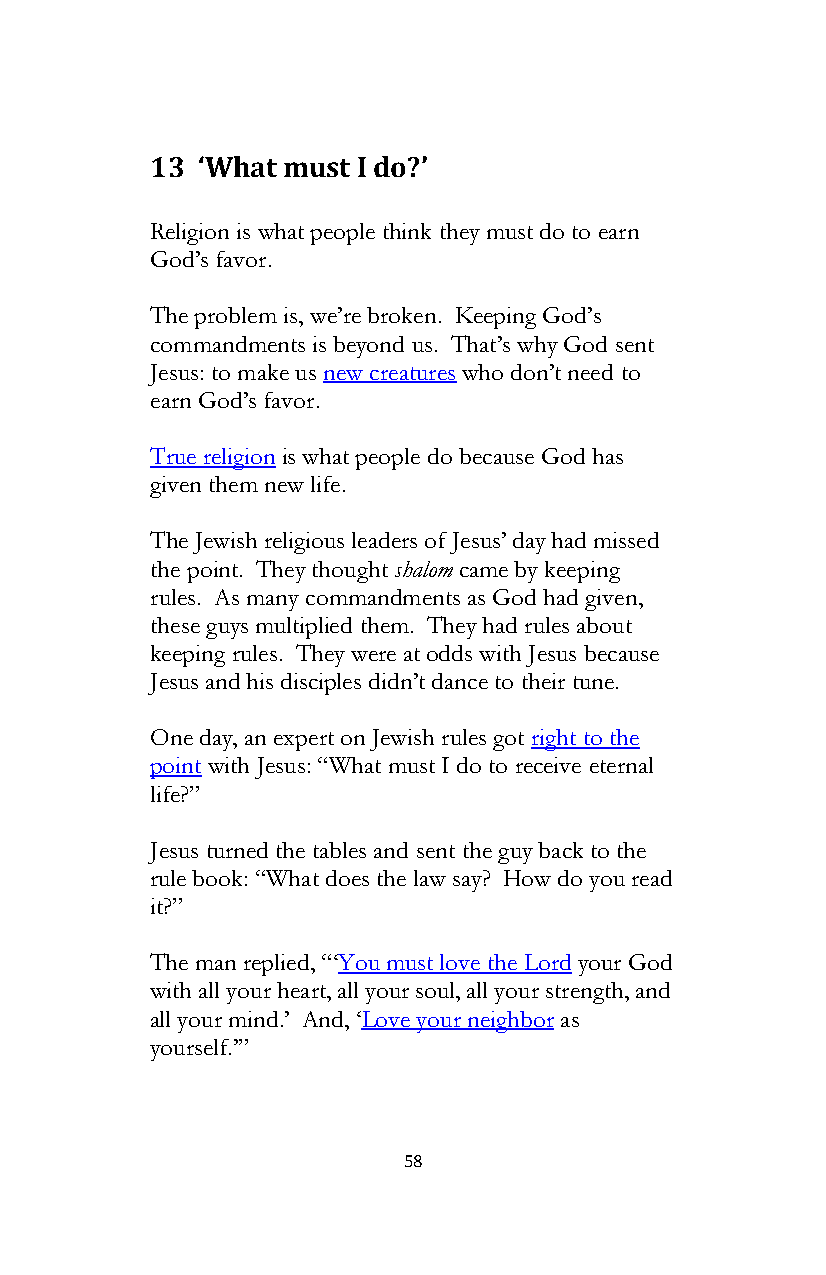
13 ‘What must I do?’
 Religion is what people think they must do to earn
 God’s favor.
 The problem is, we’re broken. Keeping God’s
 commandments is beyond us. That’s why God sent
 Jesus: to make us new creatures who don’t need to
 earn God’s favor.
 True religion is what people do because God has
 given them new life.
 The Jewish religious leaders of Jesus’ day had missed
 the point. They thought shalom came by keeping
 rules. As many commandments as God had given,
 these guys multiplied them. They had rules about
 keeping rules. They were at odds with Jesus because
 Jesus and his disciples didn’t dance to their tune.
 One day, an expert on Jewish rules got right to the
 point with Jesus: “What must I do to receive eternal
 life?”
 Jesus turned the tables and sent the guy back to the
 rule book: “What does the law say? How do you read
 it?”
 The man replied, “‘You must love the Lord your God
 with all your heart, all your soul, all your strength, and
 all your mind.’ And, ‘Love your neighbor as
 yourself.’”
 58